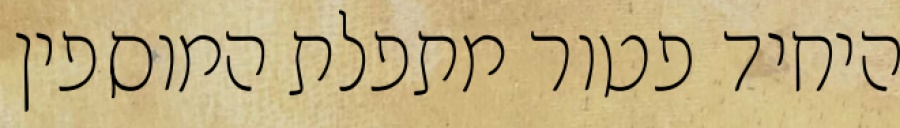
היחיד פטור מתפלת המוספין